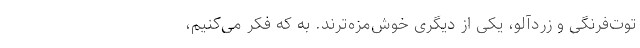
توت‌فرنگی و زردآلو، یکی از دیگری خوش‌مزه‌ترند. به که فکر می‌کنیم،